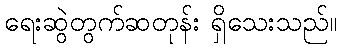
ရေးဆွဲတွက်ဆတုန်း ရှိသေးသည်။